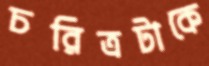
চরিত্রটাকে